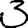
Digit: 3